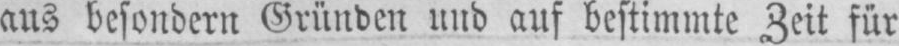
aus besondern Gründen und auf bestimmte Zeit für